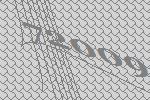
72009